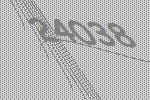
24038